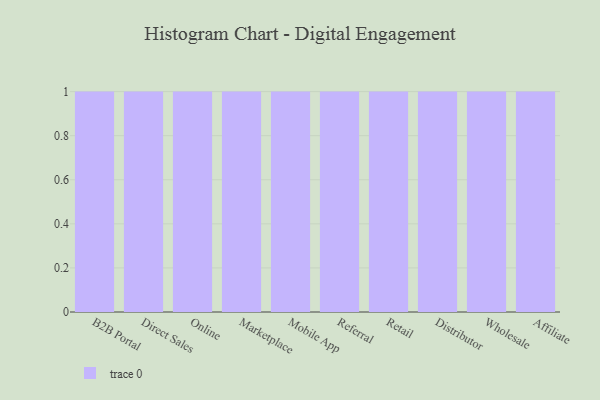
{"axis": {"x": "Channel", "y": "Budget (USD K)"}, "legend": [""], "data": [{"x": "B2B Portal", "y": 22, "type": ""}, {"x": "Direct Sales", "y": 15, "type": ""}, {"x": "Online", "y": 94, "type": ""}, {"x": "Marketplace", "y": 8, "type": ""}, {"x": "Mobile App", "y": 19, "type": ""}, {"x": "Referral", "y": 70, "type": ""}, {"x": "Retail", "y": 78, "type": ""}, {"x": "Distributor", "y": 80, "type": ""}, {"x": "Wholesale", "y": 17, "type": ""}, {"x": "Affiliate", "y": 53, "type": ""}]}